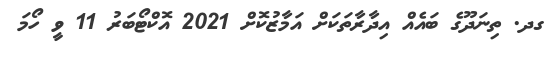
ގދ. ތިނަދޫގެ ބައެއް އިދާރާތަކަށް އަމާޒުކޮށް 2021 އޮކްޓޯބަރު 11 ވީ ހޯމަ